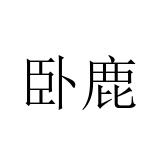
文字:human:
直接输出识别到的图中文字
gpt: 卧鹿